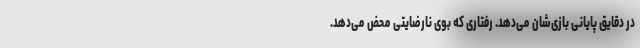
در دقایق پایانی بازی‌شان می‌دهد. رفتاری که بوی نارضایتی محض می‌دهد.